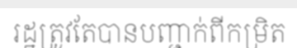
រដ្ឋត្រូវតែបានបញ្ជាក់ពីកម្រិត